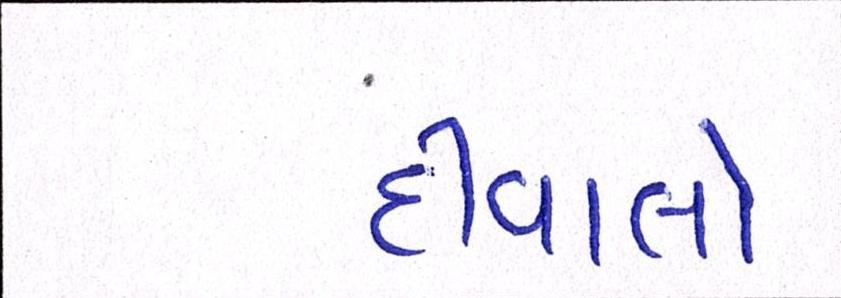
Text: દીવાલો